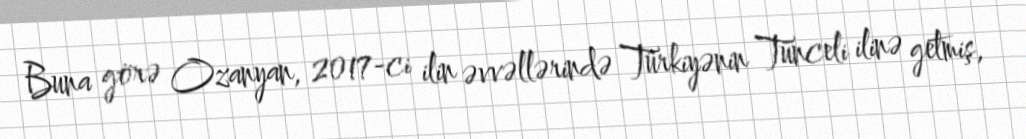
Buna görə Ozanyan, 2017-ci ilin əvvəllərində Türkiyənin Tunceli ilinə getmiş,